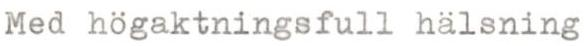
Med högaktningsfull hälsning